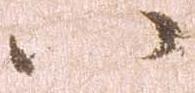
八